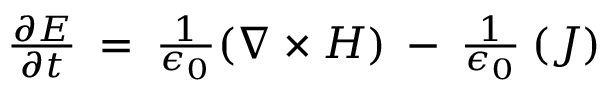
\begin{array} { r } { \frac { \partial \boldsymbol { E } } { \partial t } \: = \: \frac { 1 } { \epsilon _ { 0 } } ( \boldsymbol { \nabla } \times \boldsymbol { H } ) \: - \: \frac { 1 } { \epsilon _ { 0 } } \: ( \boldsymbol { J } ) } \end{array}